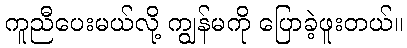
ကူညီပေးမယ်လို့ ကျွန်မကို ပြောခဲ့ဖူးတယ်။